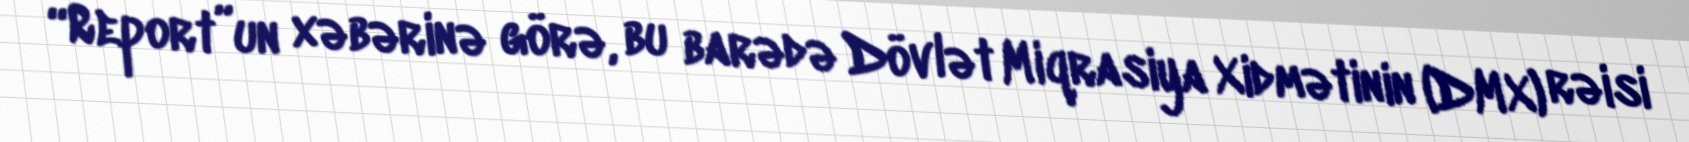
“Report”un xəbərinə görə, bu barədə Dövlət Miqrasiya Xidmətinin (DMX) rəisi